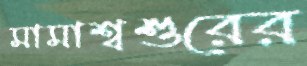
মামাশ্বশুরের